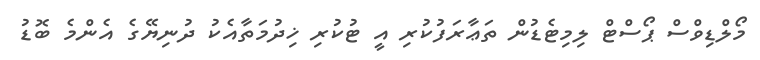
މޯލްޑިވްސް ޕޯސްޓް ލިމިޓެޑުން ތަޢާރަފުކުރި އީ ޓުކުރި ޚިދުމަތާއެކު ދުނިޔޭގެ އެންމެ ބޮޑު